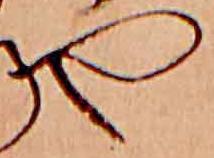
や